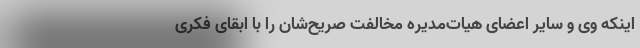
اینکه وی و سایر اعضای هیات‌مدیره مخالفت صریح‌شان را با ابقای فکری